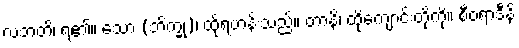
လဘတိ၊ ရ၏။ သော (ဘိက္ခု)၊ ထိုရဟန်းသည်။ တာနိ၊ ထိုကျောင်းတို့ကို။ စီဝရာဒီနိ